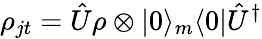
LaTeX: \rho_{jt}=\hat{U}\rho\otimes|0\rangle_{m}\langle 0|\hat{U}^{\dagger}